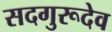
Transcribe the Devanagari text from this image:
सदगुरूदेव